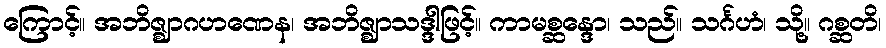
ကြောင့်။ အဘိဇ္ဈာဂဟဏေန၊ အဘိဇ္ဈာသဒ္ဒါဖြင့်။ ကာမစ္ဆန္ဒော၊ သည်။ သင်္ဂဟံ၊ သို့။ ဂစ္ဆတိ၊